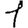
Digit: 1